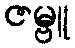
ဇမ္ဗူ